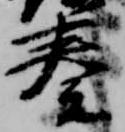
奏